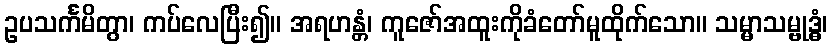
ဥပသင်္ကမိတွာ၊ ကပ်လေပြီး၍။ အရဟန္တံ၊ ကူဇော်အထူးကိုခံတော်မူထိုက်သော။ သမ္မာသမ္ဗုဒ္ဓံ၊